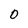
Character: 0